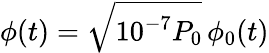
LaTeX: \phi(t)=\sqrt{10^{-7}P_{0}}\, \phi_{0}(t)